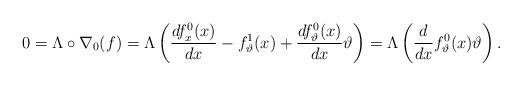
LaTeX: \begin{align*}0 = \Lambda\circ \nabla_0(f) = \Lambda\left(\frac{df_x^0(x)}{dx} - f_\vartheta^1(x) + \frac{df_\vartheta^0(x)}{dx}\vartheta\right) = \Lambda\left(\frac{d}{dx}f_\vartheta^0(x)\vartheta\right).\end{align*}